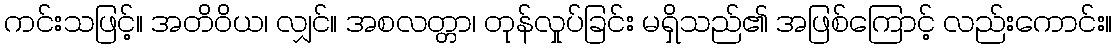
ကင်းသဖြင့်။ အတိဝိယ၊ လျှင်။ အစလတ္တာ၊ တုန်လှုပ်ခြင်း မရှိသည်၏ အဖြစ်ကြောင့် လည်းကောင်း။